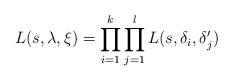
LaTeX: \begin{align*}L(s,\lambda,\xi)=\prod_{i=1}^k \prod_{j=1}^l L(s,\delta_i,\delta_j')\end{align*}